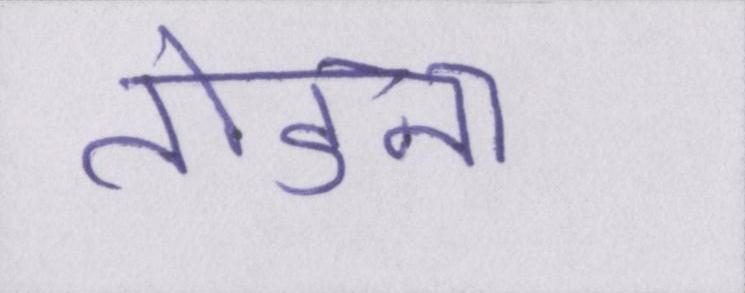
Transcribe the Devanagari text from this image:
तोडना